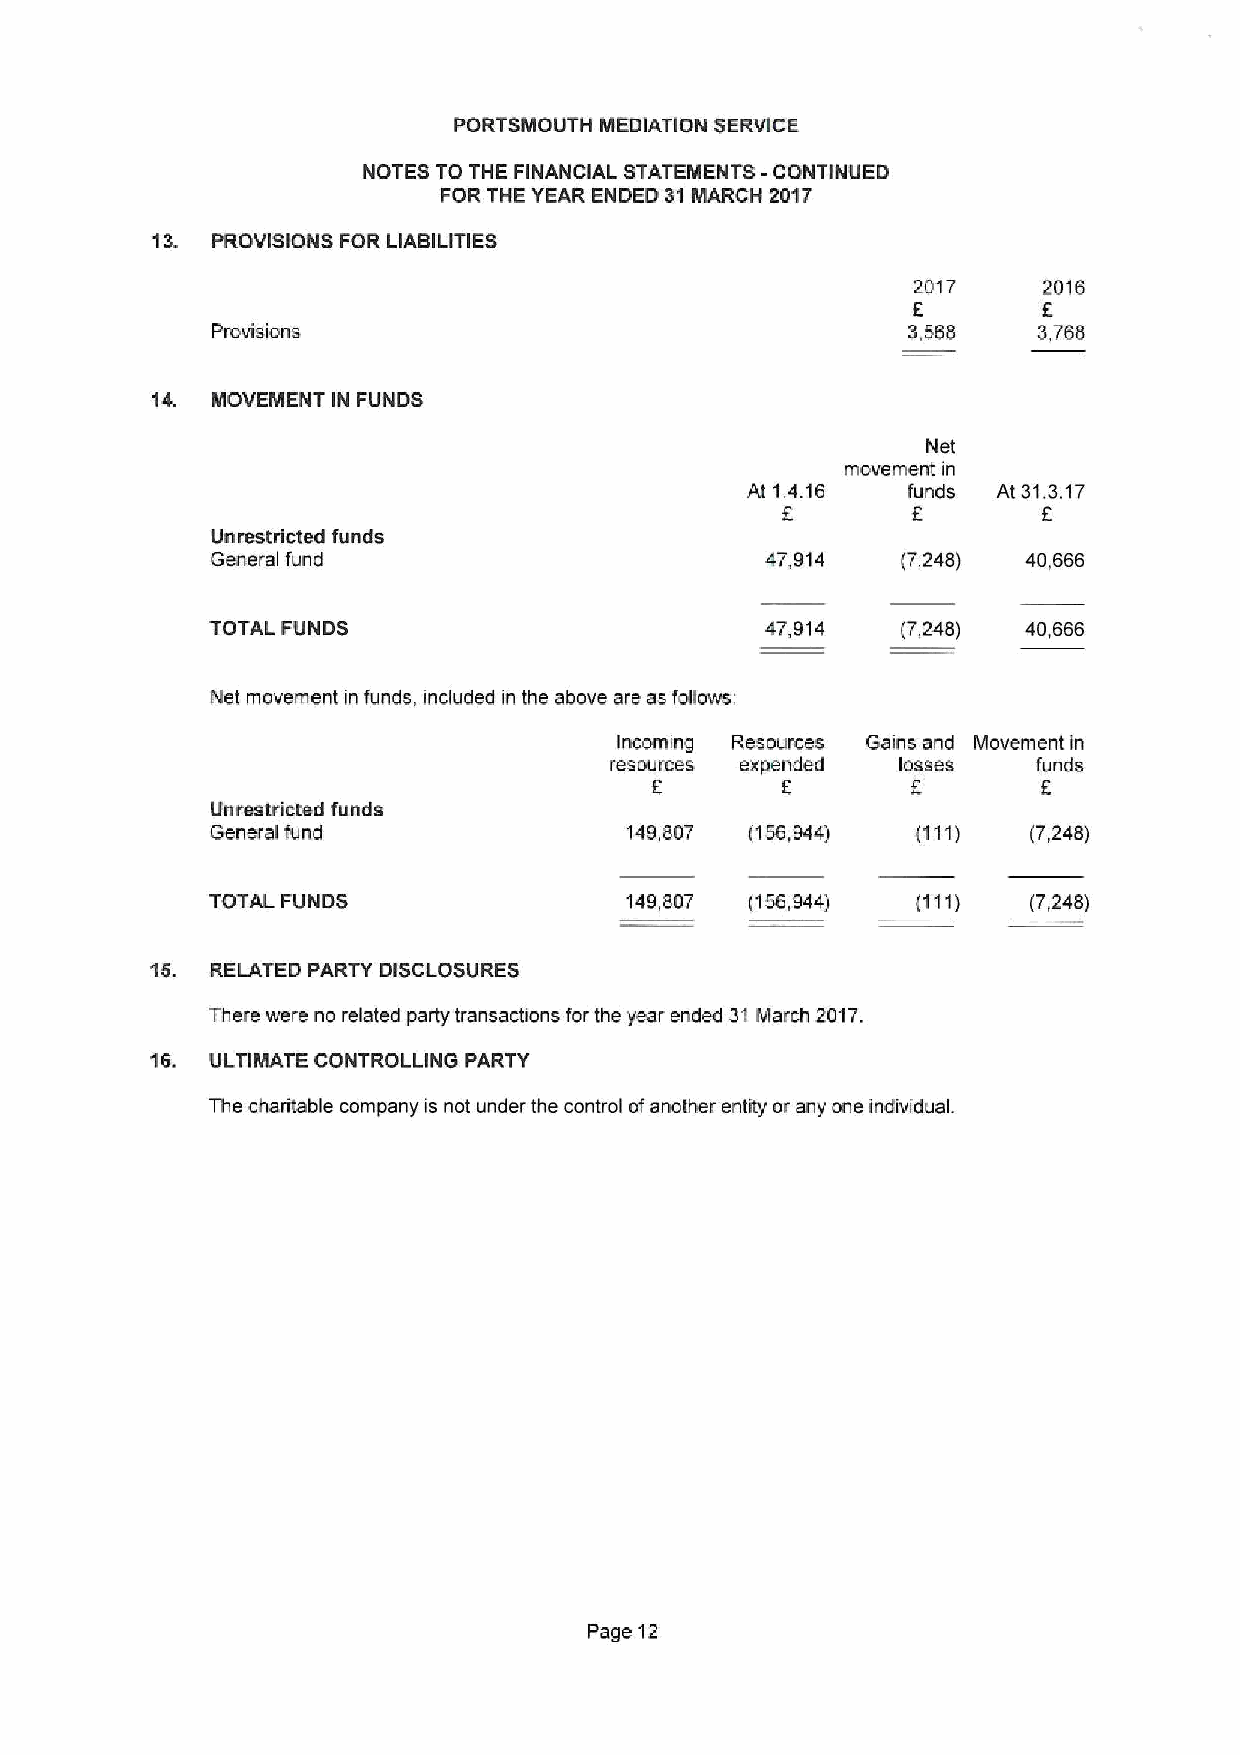
PORTSMOUTH MEDIATION SERVICE
 NOTES TO THE FINANCIAL STATEMENTS -CONTINUED
 FOR THE YEAR ENDED 31MARCH 2017
 13. PROVISIONS FOR LIABILITIES
 2017     2016
 f
 Provisions                                    3,568    3,768
 14. MOVEMENT IN FUNDS
 Net
 movement in
 At 1.4.16  funds At 31.3.17
 f       f
 Unrestricted funds
 General fund                         47,914   (7,248) 40,666
 TOTAL FUNDS                          47,914   (7,248) 40,666
 Net movement in funds, included in the above are as follows:
 Incoming Resources Gains and Movement in
 resources expended  losses   funds
 f.       f                f
 Unrestricted funds
 General fund                149,807 (156,944)         (7,248)
 TOTAL FUNDS                149,807  (156,944)         (7,248)
 15. RELATED PARTY DISCLOSURES
 There were no related party transactions for the year ended 31March 2017.
 16. ULTIMATE CONTROLLING PARTY
 The charitable company is not under the control ofanother entity or any one individual.
 Page 12